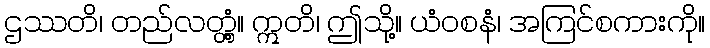
ဌဿတိ၊ တည်လတ္တံ့။ ဣတိ၊ ဤသို့။ ယံဝစနံ၊ အကြင်စကားကို။